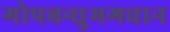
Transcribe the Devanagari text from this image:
गोपबन्धुभगवान